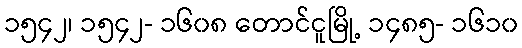
၁၅၄၂၊ ၁၅၄၂- ၁၆၀၈ တောင်ငူမြို့ ၁၄၈၅- ၁၆၁၀